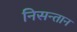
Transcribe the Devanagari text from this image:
निसन्तान